Annual report on the mental hospital in the Central Provinces and Berar (Nagpur) - 1927-1951
Year: 1927
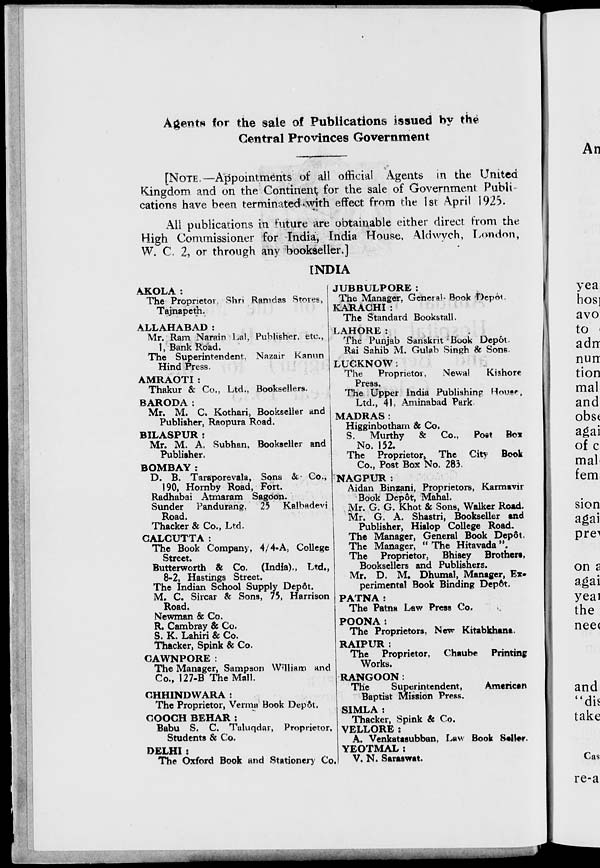
Agents for the sale of Publications issued by the
Central Provinces Government
[NOTE.—Appointments of all official Agents in the United
Kingdom and on the Continent for the sale of Government Publi-
cations have been terminated with effect from the 1st April 1925.
All publications in future are obtainable either direct from the
High Commissioner for India, India House, Aldwych, London,
W. C. 2, or through any bookseller.]
INDIA
AKOLA :
The Proprietor. Shri Ramdas Stores,
Tajnapeth.
ALLAHABAD :
Mr. Ram Narain Lal, Publisher, etc.,
1, Bank Road.
The Superintendent. Nazair Kanun
Hind Press.
AMRAOTI :
Thakur & Co., Ltd., Booksellers.
BARODA:
Mr. M. C. Kothari, Bookseller and
Publisher, Raopura Road.
BILASPUR :
Mr. M. A. Subhan, Bookseller and
Publisher.
BOMBAY :
D. B. Taraporevala, Sons & Co.,
190, Hornby Road, Fort.
Radhabai Atmaram Sagoon.
Sunder Pandurang, 25 Kalbadevi
Road.
Thacker & Co., Ltd.
CALCUTTA :
The Book Company, 4/4-A, College
Street.
Butterworth & Co. (India)., Ltd.,
8-2, Hastings Street.
The Indian School Supply Depôt.
M. C. Sircar & Sons, 75, Harrison
Road.
Newman & Co.
R. Cambray & Co.
S. K. Lahiri & Co.
Thacker, Spink & Co.
CAWNPORE :
The Manager, Sampson William and
Co., 127-B The Mall.
CHHINDWARA :
The Proprietor, Verma Book Depôt.
COOCH BEHAR :
Babu S. C. Taluqdar, Proprietor,
Students & Co.
DELHI :
The Oxford Book and Stationery Co.
JUBBULPORE:
The Manager, General- Book Depot.
KARACHI :
The Standard Bookstall.
LAHORE:
The Punjab Sanskrit Book Depôt
Rai Sahib M. Gulab Singh & Sons
LUCKNOW :
The
Proprietor,
Newal
Kishore
Press.
The Upper India Publishing House,
Ltd., 41, Aminabad Park.
MADRAS :
Higginbotham & Co.
S. Murthy & Co., Post Box
No. 152.
The Proprietor, The City Book
Co., Post Box No. 283.
NAGPUR:
Aidan Binzani, Proprietors, Karmavir
Book Depôt, Mahal.
Mr. G. G. Khot & Sons, Walker Road.
Mr. G. A. Shastri, Bookseller and
Publisher, Hislop College Road.
The Manager, General Book Depôt.
The Manager, " The Hitavada ".
The Proprietor, Bhisey Brothers,
Booksellers and Publishers.
Mr. D. M. Dhumal, Manager, Ex-
perimental Book Binding Depôt.
PATNA:
The Patna Law Press Co.
POONA:
The Proprietors, New Kitabkhana.
RAIPUR :
The Proprietor, Chaube Printing
Works.
RANGOON:
The
Superintendent,
American
Baptist Mission Press.
SIMLA :
Thacker, Spink & Co.
VELLORE :
A. Venkatasubban, Law Book Seller.
YEOTMAL :
V. N. Saraswat.